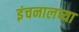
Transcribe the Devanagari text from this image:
इंचनालच्या